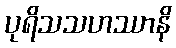
ပုရိသသဟဿာနိ